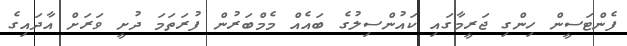
ފެންޓަސީން ހިންގި ޖަރީމާގައި ކައުންސިލުގެ ބައެއް މެމްބަރުން ފުރަތަމަ ދުށީ ވަރަށް އާދައިގެ